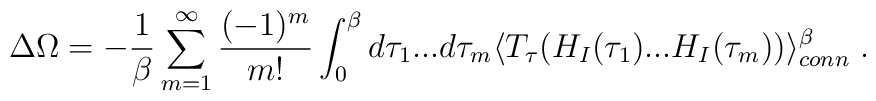
\Delta \Omega = - {1\over {\beta}} \sum_{m=1}^{\infty} \frac {(-1)^m} {m!} \int_0^{\beta} d \tau_1 ... d \tau_m \langle T_{\tau} (H_I(\tau_1) ...H_I(\tau_m))\rangle^{\beta}_{conn} \; .